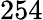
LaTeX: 254